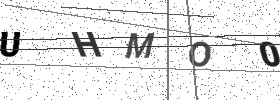
Text: UHMO0